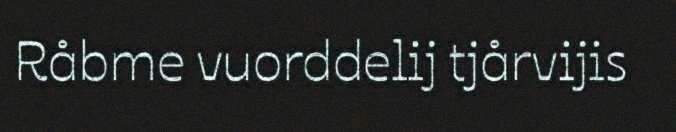
Råbme vuorddelij tjårvijis